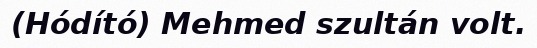
(Hódító) Mehmed szultán volt.